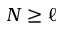
N \geq \ell